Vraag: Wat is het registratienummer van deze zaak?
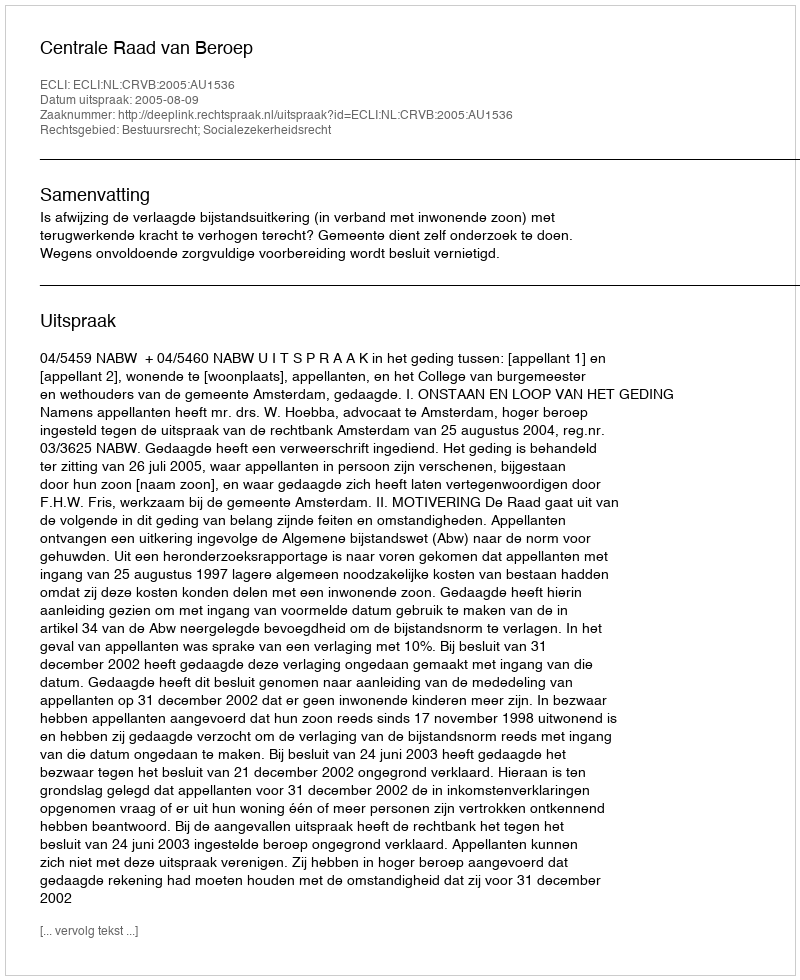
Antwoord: http://deeplink.rechtspraak.nl/uitspraak?id=ECLI:NL:CRVB:2005:AU1536